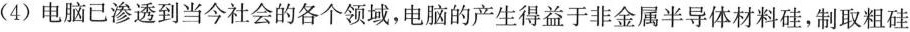
(4)电脑已渗透到当今社会的各个领域，电脑的产生得益于非金属半导体材料硅，制取粗硅